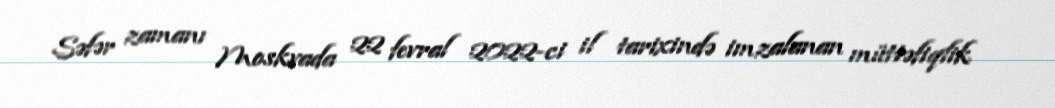
Səfər zamanı Moskvada 22 fevral 2022-ci il tarixində imzalanan müttəfiqlik